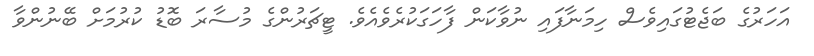
އަހަރުގެ ބަޖެޓުގައިވެސް ހިމަނާފައި ނުވާކަން ފާހަގަކުރެވެއެވެ. ޓީޗަރުންގެ މުސާރަ ބޮޑު ކުރުމަށް ބޭނުންވާ